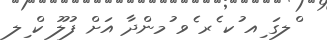
ްލގަ ިއ ުކ ެރ ެވ ުމންދާ އަށް ފުލޫ ކް ިލ